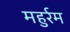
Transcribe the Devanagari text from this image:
महुर्रम